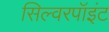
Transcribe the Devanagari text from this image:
सिल्वरपॉइंट